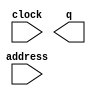
// megafunction wizard: %ROM: 1-PORT%VBB%
// GENERATION: STANDARD
// VERSION: WM1.0
// MODULE: altsyncram 

// ============================================================
// Megafunction Name(s):
// 			altsyncram
//
// Simulation Library Files(s):
// 			altera_mf
// ============================================================
// ************************************************************
// THIS IS A WIZARD-GENERATED FILE. DO NOT EDIT THIS FILE!
//
// 11.1 Build 259 01/25/2012 SP 2 SJ Full Version
// ************************************************************

//Copyright (C) 1991-2011 Altera Corporation
//Your use of Altera Corporation's design tools, logic functions 
//and other software and tools, and its AMPP partner logic 
//functions, and any output files from any of the foregoing 
//(including device programming or simulation files), and any 
//associated documentation or information are expressly subject 
//to the terms and conditions of the Altera Program License 
//Subscription Agreement, Altera MegaCore Function License 
//Agreement, or other applicable license agreement, including, 
//without limitation, that your use is for the sole purpose of 
//programming logic devices manufactured by Altera and sold by 
//Altera or its authorized distributors.  Please refer to the 
//applicable agreement for further details.

module ghostromblue (
	address,
	clock,
	q);

	input	[6:0]  address;
	input	  clock;
	output	[5:0]  q;
`ifndef ALTERA_RESERVED_QIS
// synopsys translate_off
`endif
	tri1	  clock;
`ifndef ALTERA_RESERVED_QIS
// synopsys translate_on
`endif

endmodule

// ============================================================
// CNX file retrieval info
// ============================================================
// Retrieval info: PRIVATE: ADDRESSSTALL_A NUMERIC "0"
// Retrieval info: PRIVATE: AclrAddr NUMERIC "0"
// Retrieval info: PRIVATE: AclrByte NUMERIC "0"
// Retrieval info: PRIVATE: AclrOutput NUMERIC "0"
// Retrieval info: PRIVATE: BYTE_ENABLE NUMERIC "0"
// Retrieval info: PRIVATE: BYTE_SIZE NUMERIC "8"
// Retrieval info: PRIVATE: BlankMemory NUMERIC "0"
// Retrieval info: PRIVATE: CLOCK_ENABLE_INPUT_A NUMERIC "0"
// Retrieval info: PRIVATE: CLOCK_ENABLE_OUTPUT_A NUMERIC "0"
// Retrieval info: PRIVATE: Clken NUMERIC "0"
// Retrieval info: PRIVATE: IMPLEMENT_IN_LES NUMERIC "0"
// Retrieval info: PRIVATE: INIT_FILE_LAYOUT STRING "PORT_A"
// Retrieval info: PRIVATE: INIT_TO_SIM_X NUMERIC "0"
// Retrieval info: PRIVATE: INTENDED_DEVICE_FAMILY STRING "Cyclone II"
// Retrieval info: PRIVATE: JTAG_ENABLED NUMERIC "0"
// Retrieval info: PRIVATE: JTAG_ID STRING "NONE"
// Retrieval info: PRIVATE: MAXIMUM_DEPTH NUMERIC "0"
// Retrieval info: PRIVATE: MIFfilename STRING "ghost - Copy.mif"
// Retrieval info: PRIVATE: NUMWORDS_A NUMERIC "128"
// Retrieval info: PRIVATE: RAM_BLOCK_TYPE NUMERIC "0"
// Retrieval info: PRIVATE: RegAddr NUMERIC "1"
// Retrieval info: PRIVATE: RegOutput NUMERIC "1"
// Retrieval info: PRIVATE: SYNTH_WRAPPER_GEN_POSTFIX STRING "0"
// Retrieval info: PRIVATE: SingleClock NUMERIC "1"
// Retrieval info: PRIVATE: UseDQRAM NUMERIC "0"
// Retrieval info: PRIVATE: WidthAddr NUMERIC "7"
// Retrieval info: PRIVATE: WidthData NUMERIC "6"
// Retrieval info: PRIVATE: rden NUMERIC "0"
// Retrieval info: LIBRARY: altera_mf altera_mf.altera_mf_components.all
// Retrieval info: CONSTANT: CLOCK_ENABLE_INPUT_A STRING "BYPASS"
// Retrieval info: CONSTANT: CLOCK_ENABLE_OUTPUT_A STRING "BYPASS"
// Retrieval info: CONSTANT: INIT_FILE STRING "ghost - Copy.mif"
// Retrieval info: CONSTANT: INTENDED_DEVICE_FAMILY STRING "Cyclone II"
// Retrieval info: CONSTANT: LPM_HINT STRING "ENABLE_RUNTIME_MOD=NO"
// Retrieval info: CONSTANT: LPM_TYPE STRING "altsyncram"
// Retrieval info: CONSTANT: NUMWORDS_A NUMERIC "128"
// Retrieval info: CONSTANT: OPERATION_MODE STRING "ROM"
// Retrieval info: CONSTANT: OUTDATA_ACLR_A STRING "NONE"
// Retrieval info: CONSTANT: OUTDATA_REG_A STRING "CLOCK0"
// Retrieval info: CONSTANT: WIDTHAD_A NUMERIC "7"
// Retrieval info: CONSTANT: WIDTH_A NUMERIC "6"
// Retrieval info: CONSTANT: WIDTH_BYTEENA_A NUMERIC "1"
// Retrieval info: USED_PORT: address 0 0 7 0 INPUT NODEFVAL "address[6..0]"
// Retrieval info: USED_PORT: clock 0 0 0 0 INPUT VCC "clock"
// Retrieval info: USED_PORT: q 0 0 6 0 OUTPUT NODEFVAL "q[5..0]"
// Retrieval info: CONNECT: @address_a 0 0 7 0 address 0 0 7 0
// Retrieval info: CONNECT: @clock0 0 0 0 0 clock 0 0 0 0
// Retrieval info: CONNECT: q 0 0 6 0 @q_a 0 0 6 0
// Retrieval info: GEN_FILE: TYPE_NORMAL ghostromblue.v TRUE
// Retrieval info: GEN_FILE: TYPE_NORMAL ghostromblue.inc FALSE
// Retrieval info: GEN_FILE: TYPE_NORMAL ghostromblue.cmp FALSE
// Retrieval info: GEN_FILE: TYPE_NORMAL ghostromblue.bsf FALSE
// Retrieval info: GEN_FILE: TYPE_NORMAL ghostromblue_inst.v FALSE
// Retrieval info: GEN_FILE: TYPE_NORMAL ghostromblue_bb.v TRUE
// Retrieval info: LIB_FILE: altera_mf